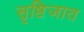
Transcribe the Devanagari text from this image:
सृष्टिजात